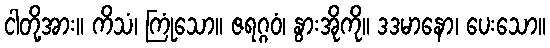
ငါတို့အား။ ကိသံ၊ ကြုံသော။ ဇရဂ္ဂဝံ၊ နွားအိုကို။ ဒဒမာနော၊ ပေးသော။